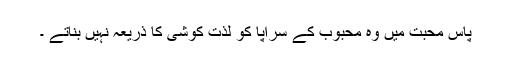
پاسِ محبت میں وہ محبوب کے سراپا کو لذّت کوشی کا ذریعہ نہیں بناتے ۔